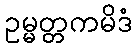
ဥမ္မတ္တကမိဒံ